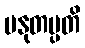
မနုတပ္ပတိ